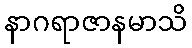
နာဂရာဇာနမာသိ